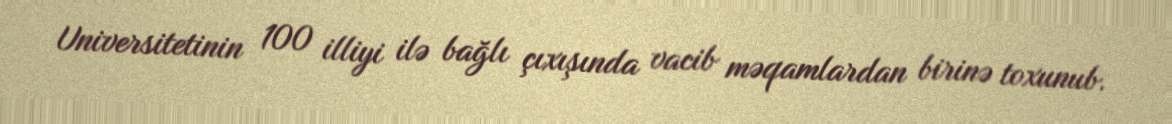
Universitetinin 100 illiyi ilə bağlı çıxışında vacib məqamlardan birinə toxunub.